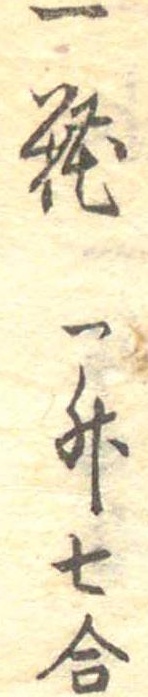
一糀一升七合